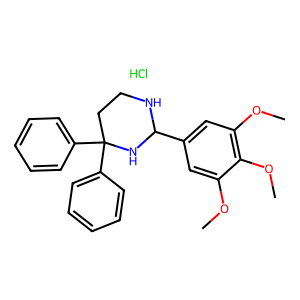
SMILES: COc1cc(C2NCCC(c3ccccc3)(c3ccccc3)N2)cc(OC)c1OC.Cl
Inhibits HIV replication: No